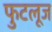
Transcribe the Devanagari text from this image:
फुटलूज